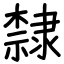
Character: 隸